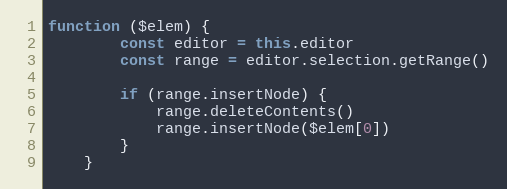
Language: JavaScript
function ($elem) {
        const editor = this.editor
        const range = editor.selection.getRange()

        if (range.insertNode) {
            range.deleteContents()
            range.insertNode($elem[0])
        }
    }